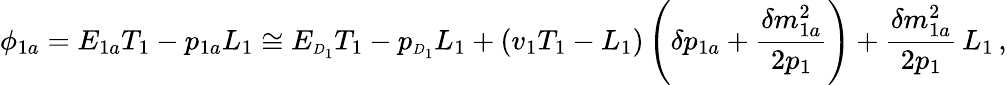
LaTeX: \phi_{1a}=E_{1a}T_{1}-p_{1a}L_{1}\cong E_{\scriptscriptstyle D_{1}}T_{1}-p_{\scriptscriptstyle D_{1}}L_{1}+(v_{1}T_{1}-L_{1})\left(\delta p_{1a}+\frac{\delta m_{1a}^{2}}{2p_{1}}\right)+\frac{\delta m_{1a}^{2}}{2p_{1}}\, L_{1}\, ,